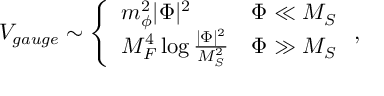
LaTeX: V _ { g a u g e } \sim \left\{ \begin{array} { l l } { { m _ { \phi } ^ { 2 } | \Phi | ^ { 2 } } } & { { \Phi \ll M _ { S } } } \\ { { M _ { F } ^ { 4 } \log \frac { | \Phi | ^ { 2 } } { M _ { S } ^ { 2 } } } } & { { \Phi \gg M _ { S } } } \end{array} \right. ,